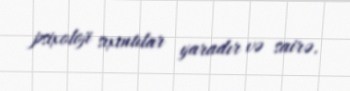
psixoloji sıxıntılar yaradır və sairə.